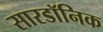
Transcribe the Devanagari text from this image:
सारडॉनिक